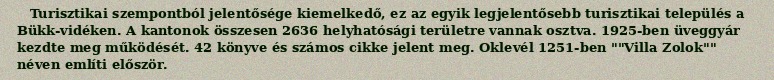
Turisztikai szempontból jelentősége kiemelkedő, ez az egyik legjelentősebb turisztikai település a Bükk-vidéken. A kantonok összesen 2636 helyhatósági területre vannak osztva. 1925-ben üveggyár kezdte meg működését. 42 könyve és számos cikke jelent meg. Oklevél 1251-ben ""Villa Zolok"" néven említi először.